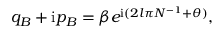
q _ { B } + \mathrm { i } p _ { B } = \beta e ^ { \mathrm { i } ( 2 l \pi N ^ { - 1 } + \theta ) } ,